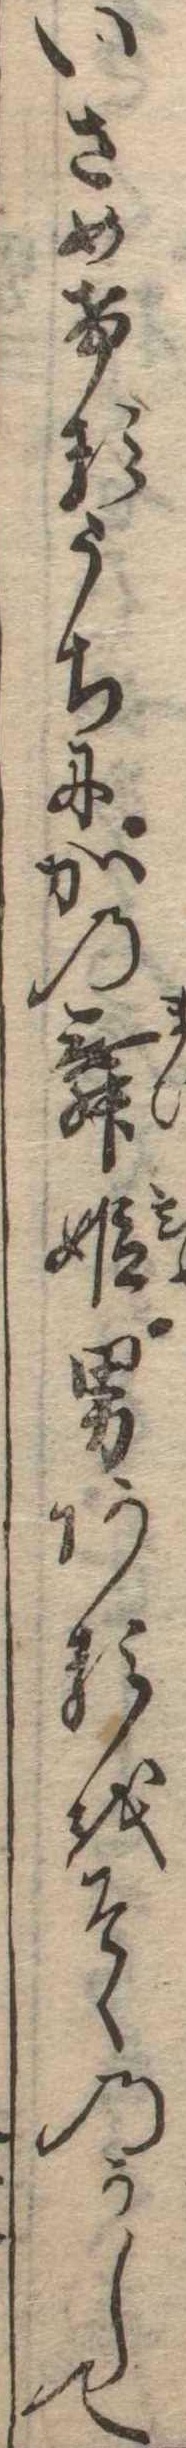
いさめけるうちにかの舞姫男あるをそゝのかして